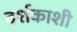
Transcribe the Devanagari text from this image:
दर्शकाशी